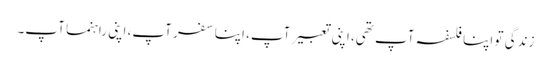
زندگی تو اپنا فلسفہ آپ تھی، اپنی تعبیر آپ، اپنا سفر آپ، اپنی راہنما آپ۔